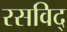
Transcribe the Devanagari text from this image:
रसविद्